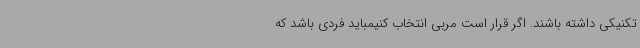
تکنیکی داشته باشند. اگر قرار است مربی انتخاب کنیمباید فردی باشد که